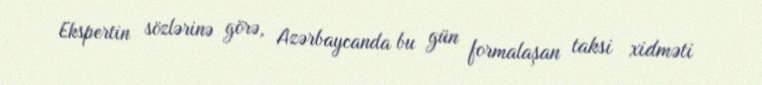
Ekspertin sözlərinə görə, Azərbaycanda bu gün formalaşan taksi xidməti